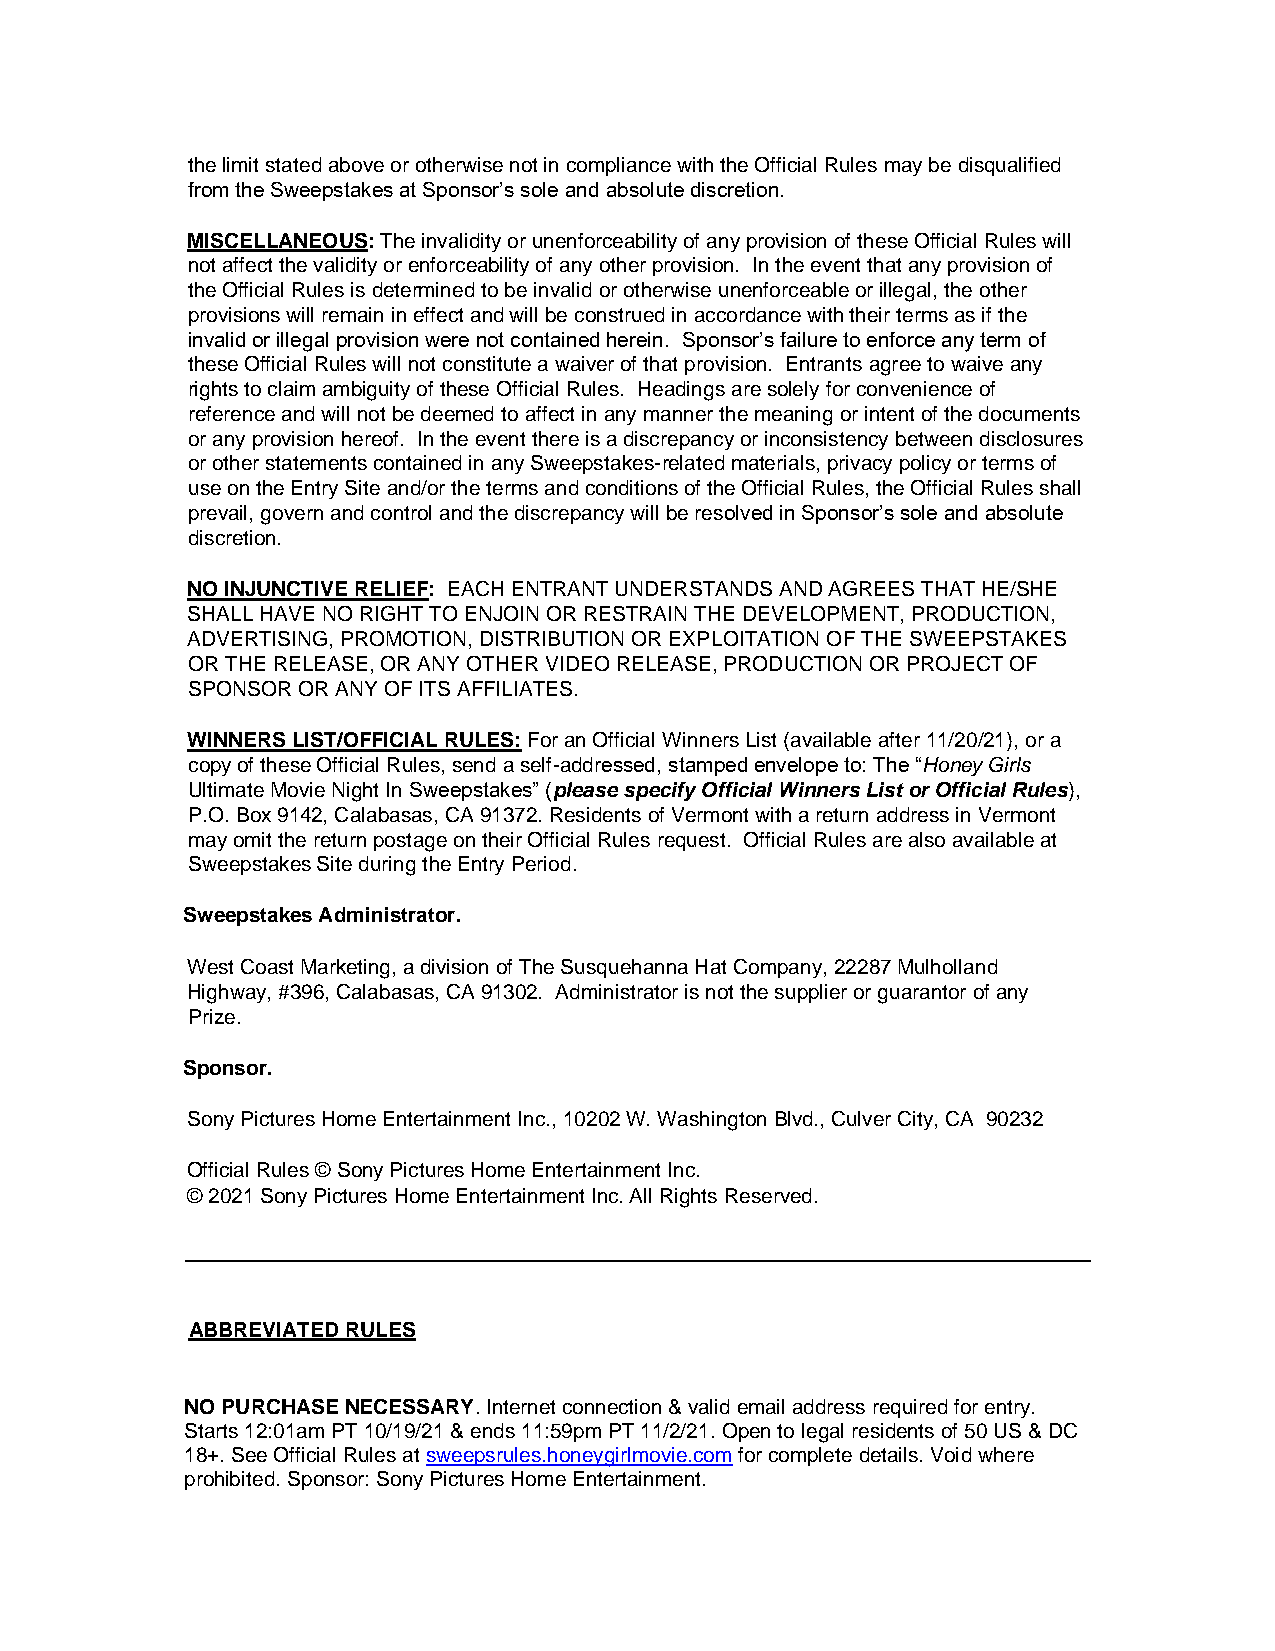
the limit stated above or otherwise not in compliance with the Official Rules may be disqualified
 from the Sweepstakes at Sponsor’s sole and absolute discretion.
 MISCELLANEOUS: The invalidity or unenforceability of any provision of these Official Rules will
 not affect the validity or enforceability of any other provision. In the event that any provision of
 the Official Rules is determined to be invalid or otherwise unenforceable or illegal, the other
 provisions will remain in effect and will be construed in accordance with their terms as if the
 invalid or illegal provision were not contained herein. Sponsor’s failure to enforce any term of
 these Official Rules will not constitute a waiver of that provision. Entrants agree to waive any
 rights to claim ambiguity of these Official Rules. Headings are solely for convenience of
 reference and will not be deemed to affect in any manner the meaning or intent of the documents
 or any provision hereof. In the event there is a discrepancy or inconsistency between disclosures
 or other statements contained in any Sweepstakes-related materials, privacy policy or terms of
 use on the Entry Site and/or the terms and conditions of the Official Rules, the Official Rules shall
 prevail, govern and control and the discrepancy will be resolved in Sponsor’s sole and absolute
 discretion.
 NO INJUNCTIVE RELIEF: EACH ENTRANT UNDERSTANDS AND AGREES THAT HE/SHE
 SHALL HAVE NO RIGHT TO ENJOIN OR RESTRAIN THE DEVELOPMENT, PRODUCTION,
 ADVERTISING, PROMOTION, DISTRIBUTION OR EXPLOITATION OF THE SWEEPSTAKES
 OR THE RELEASE, OR ANY OTHER VIDEO RELEASE, PRODUCTION OR PROJECT OF
 SPONSOR OR ANY OF ITS AFFILIATES.
 WINNERS LIST/OFFICIAL RULES: For an Official Winners List (available after 11/20/21), or a
 copy of these Official Rules, send a self-addressed, stamped envelope to: The “Honey Girls
 Ultimate Movie Night In Sweepstakes” (please specify Official Winners List or Official Rules),
 P.O. Box 9142, Calabasas, CA 91372. Residents of Vermont with a return address in Vermont
 may omit the return postage on their Official Rules request. Official Rules are also available at
 Sweepstakes Site during the Entry Period.
 Sweepstakes Administrator.
 West Coast Marketing, a division of The Susquehanna Hat Company, 22287 Mulholland
 Highway, #396, Calabasas, CA 91302. Administrator is not the supplier or guarantor of any
 Prize.
 Sponsor.
 Sony Pictures Home Entertainment Inc., 10202 W. Washington Blvd., Culver City, CA 90232
 Official Rules © Sony Pictures Home Entertainment Inc.
 © 2021 Sony Pictures Home Entertainment Inc. All Rights Reserved.
 ABBREVIATED RULES
 NO PURCHASE NECESSARY. Internet connection & valid email address required for entry.
 Starts 12:01am PT 10/19/21 & ends 11:59pm PT 11/2/21. Open to legal residents of 50 US & DC
 18+. See Official Rules at sweepsrules.honeygirlmovie.com for complete details. Void where
 prohibited. Sponsor: Sony Pictures Home Entertainment.